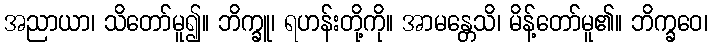
အညာယာ၊ သိတော်မူ၍။ ဘိက္ခူ၊ ရဟန်းတို့ကို။ အာမန္တေသိ၊ မိန့်တော်မူ၏။ ဘိက္ခဝေ၊